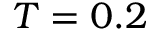
T = 0 . 2